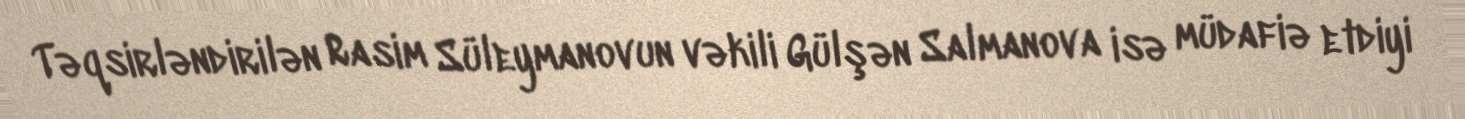
Təqsirləndirilən Rasim Süleymanovun vəkili Gülşən Salmanova isə müdafiə etdiyi